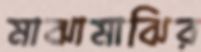
মাঝামাঝির